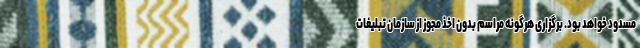
مسدود خواهد بود. برگزاری هرگونه مراسم بدون اخذ مجوز از سازمان تبلیغات